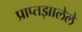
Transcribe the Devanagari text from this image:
प्राप्तझालेले